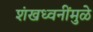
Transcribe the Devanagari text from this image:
शंखध्वनींमुळे